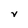
Character: V